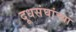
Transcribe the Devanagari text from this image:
दूधसंघांच्या